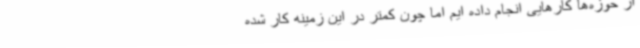
از حوزه‌ها کارهایی انجام داده ایم اما چون کمتر در این زمینه کار شده